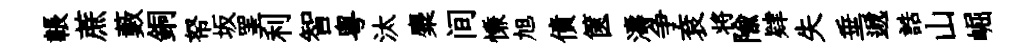
韔蔗藪銅帑坂罣利智粤汰麋间慊旭債篋濤争袞将隃肄失垂遞誥山崛